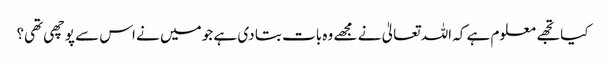
کیا تجھے معلوم ہے کہ اللہ تعالیٰ نے مجھے وہ بات بتا دی ہے جو میں نے اس سے پوچھی تھی؟